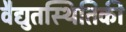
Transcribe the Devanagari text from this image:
वैद्युतस्थितिकी